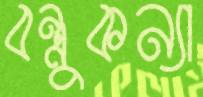
বন্ধুকন্যা